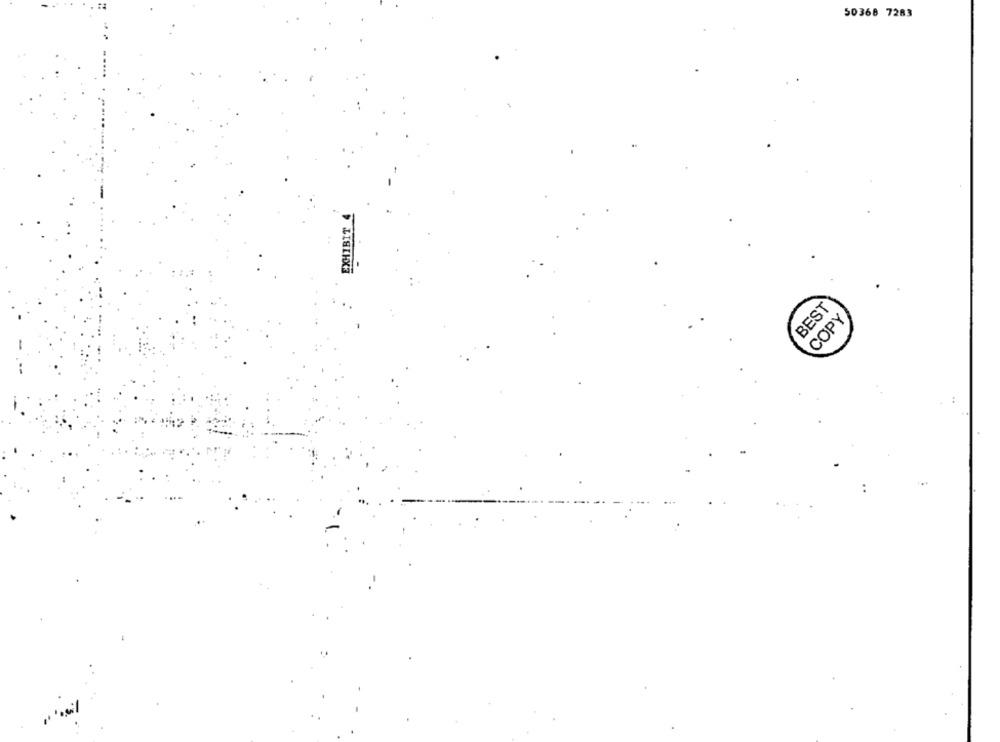
50368 7283
EXHIBIT
BEST
COPY